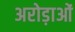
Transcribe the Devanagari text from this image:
अरोड़ाओं